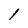
Character: i